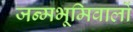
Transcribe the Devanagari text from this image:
जन्मभूमिवालों